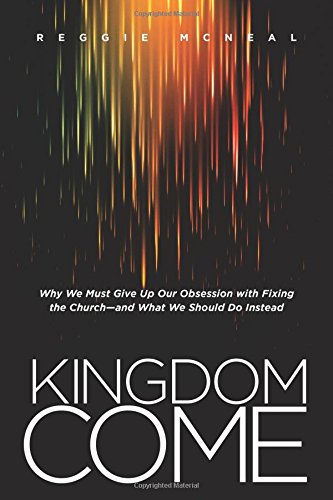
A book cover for Kingdom Come: Why We Must Give Up Our Obsession with Fixing the Church--and What We Should Do Instead; Reggie McNeal; Christian Books & Bibles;